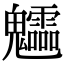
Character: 𩵁